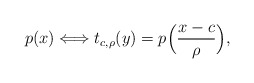
\begin{align*}p(x)\Longleftrightarrow t_{c,\rho}(y)=p\Big(\frac{x-c}{\rho}\Big),\end{align*}